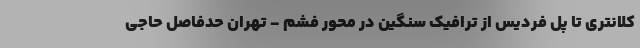
کلانتری تا پل فردیس از ترافیک سنگین در محور فشم - تهران حدفاصل حاجی